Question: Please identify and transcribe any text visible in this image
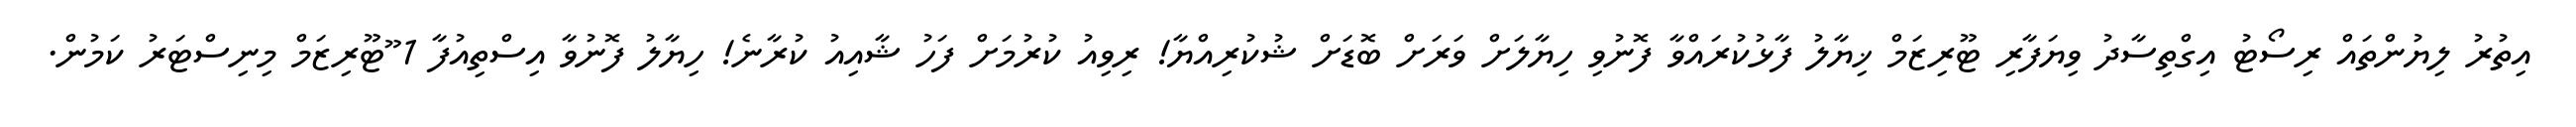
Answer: އިތުރު ލިޔުންތައް ރިސޯޓު އިގްތިސާދު ވިޔަފާރި ޓޫރިޒަމް ޚިޔާލު ފާޅުކުރައްވާ ފޮނުވި ހިޔާލަށް ވަރަށް ބޮޑަށް ޝުކުރިއްޔާ! ރިވިއު ކުރުމަށް ފަހު ޝާއިއު ކުރާނެ! ހިޔާލު ފޮނުވާ އިސްތިއުފާ 1 ޫޓޫރިޒަމް މިނިސްޓަރު ކަމުން.